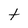
Character: t